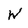
Character: W